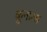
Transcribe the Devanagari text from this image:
कुनाला